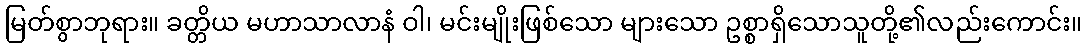
မြတ်စွာဘုရား။ ခတ္တိယ မဟာသာလာနံ ဝါ၊ မင်းမျိုးဖြစ်သော များသော ဥစ္စာရှိသောသူတို့၏လည်းကောင်း။